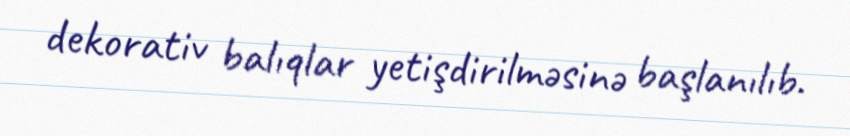
dekorativ balıqlar yetişdirilməsinə başlanılıb.